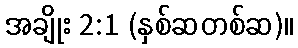
အချိုး 2:1 (နှစ်ဆတစ်ဆ)။